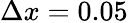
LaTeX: \Delta{x}=0.05